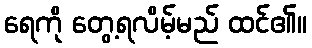
ရေကို တွေ့ရလိမ့်မည် ထင်၏။